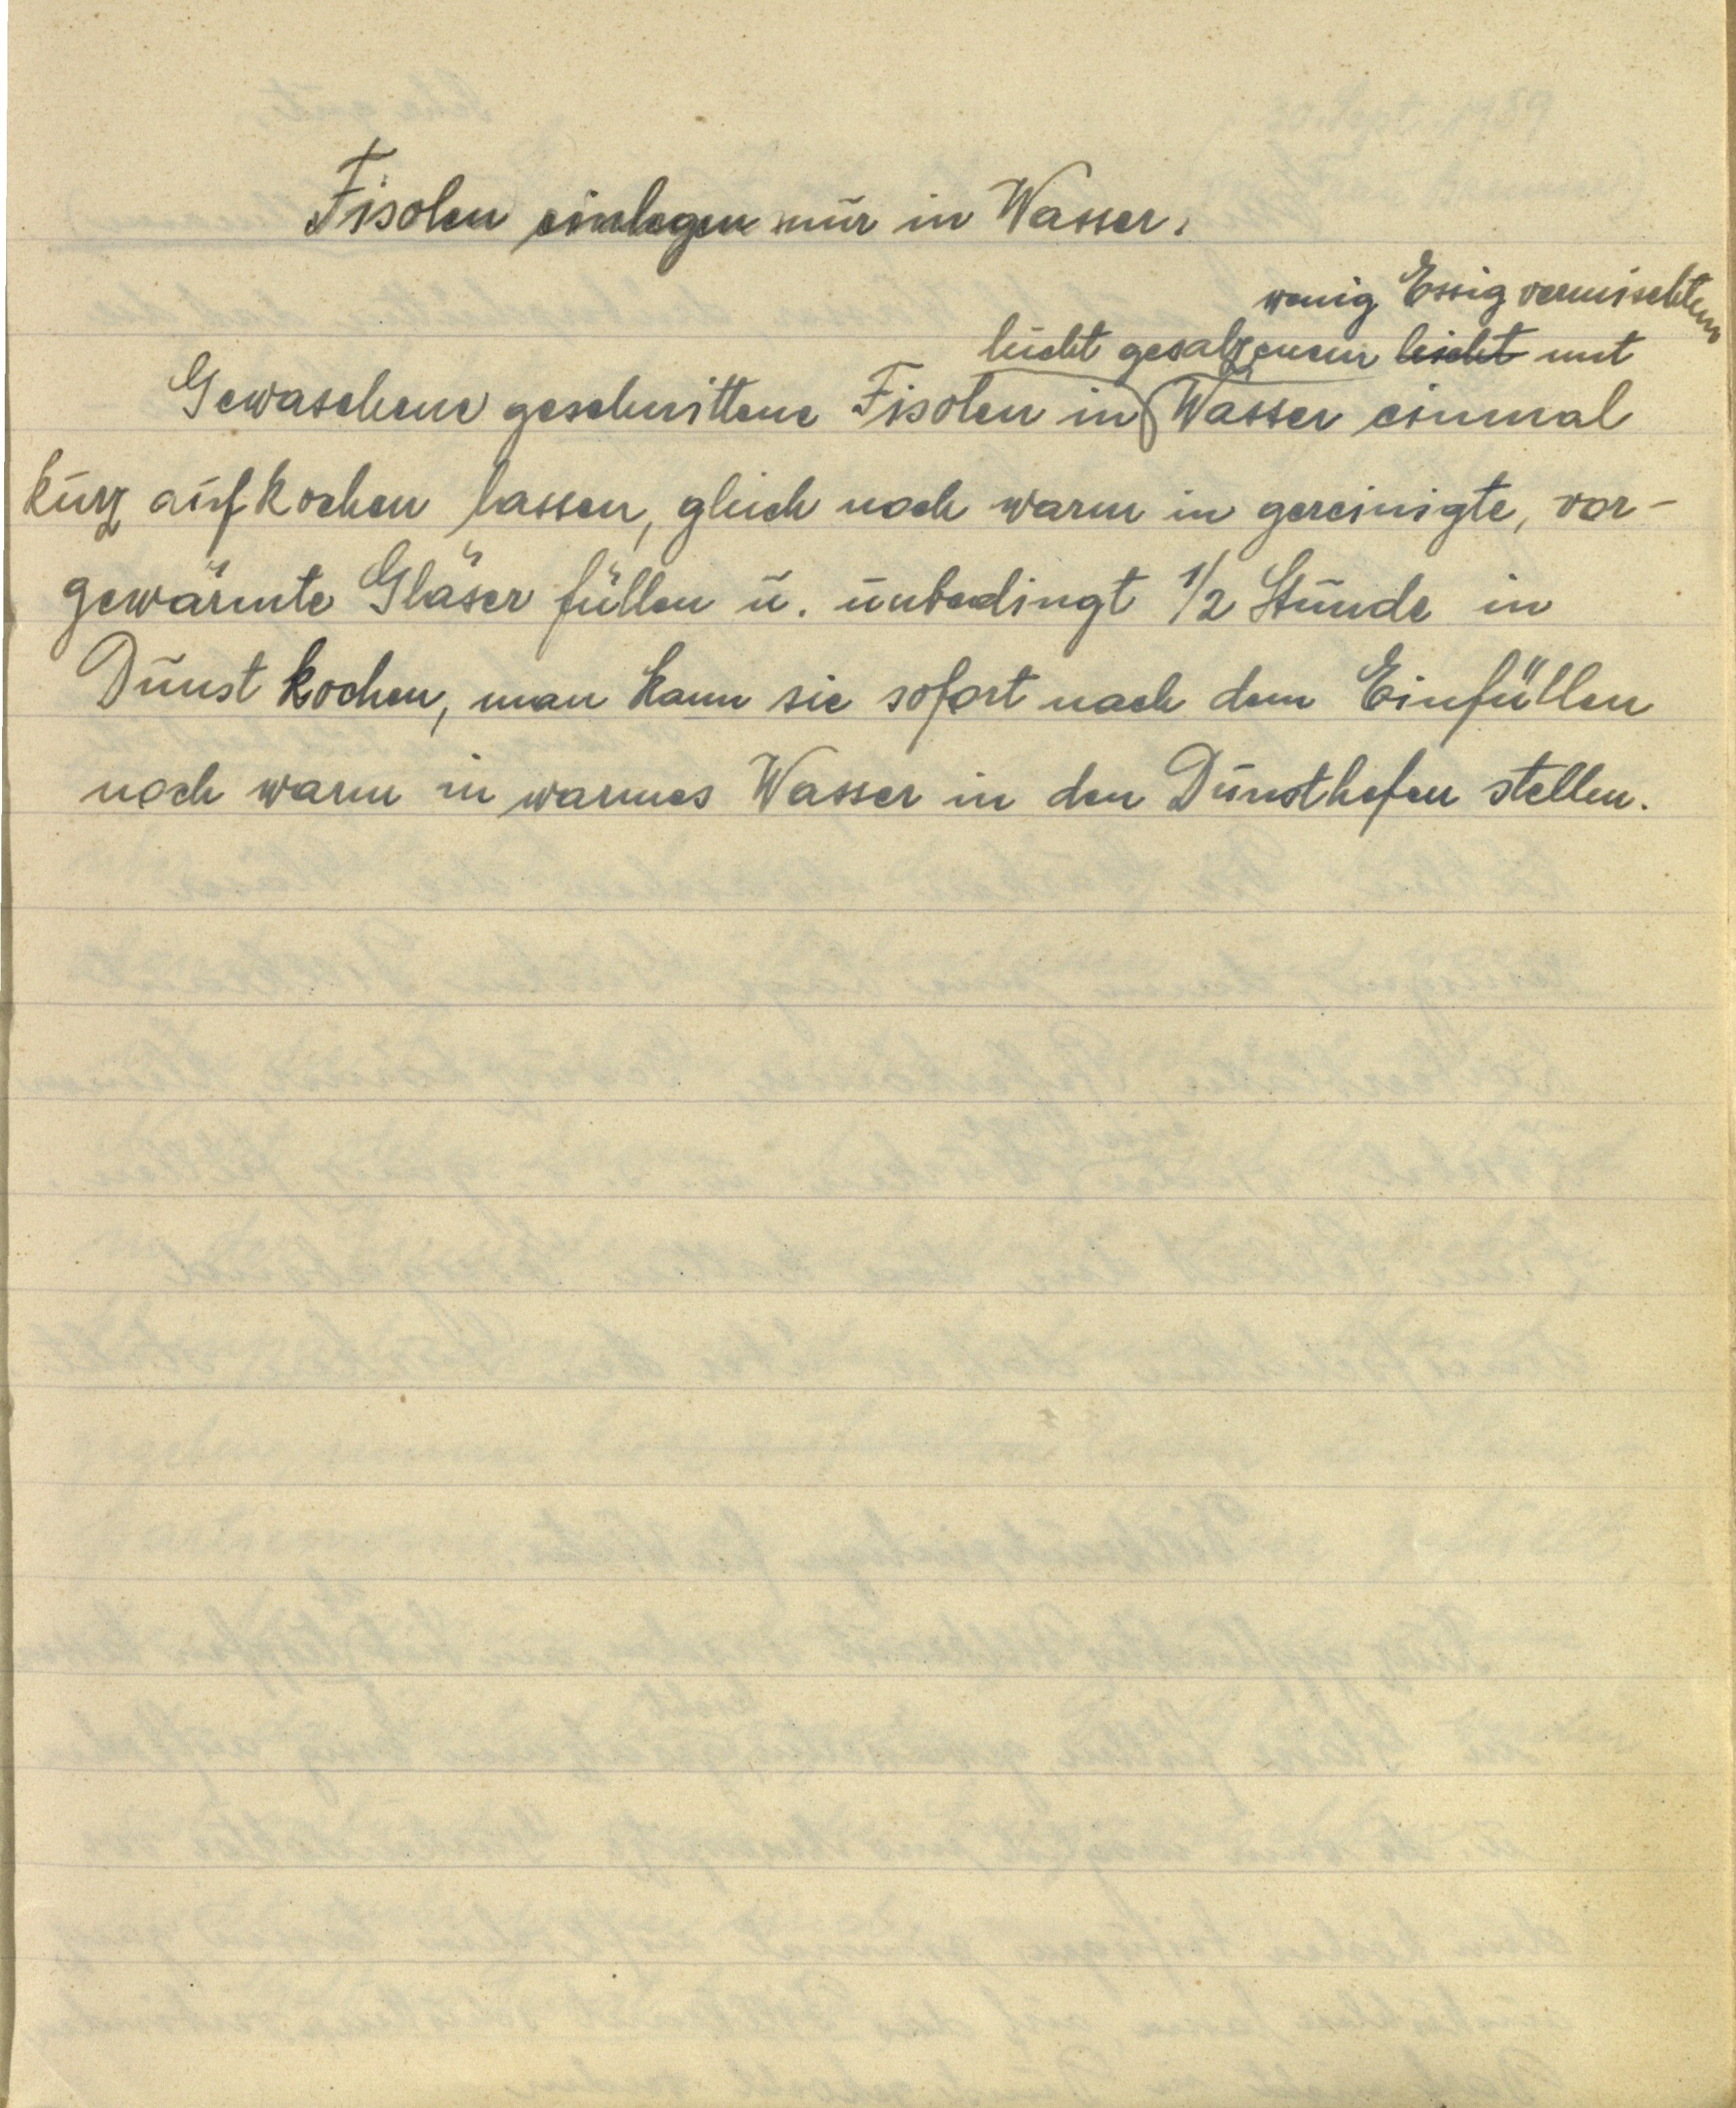
Fisolen einlegen nur in Wasser.
Gewaschene geschnittene Fisolen in leicht gesalzenem leicht mit wenig Essig vermischtem Wasser einmal
kurz aufkochen lassen, gleich noch warm in gereinigte, vor¬
gewärmte Gläser füllen u. unbedingt ½ Stunde in
Dunst kochen, man kann sie sofort nach dem Einfüllen
noch warm in warmes Wasser in den Dunsthefen stellen.